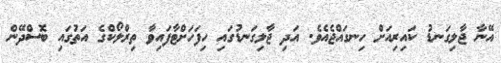
އޭނާ ޖާލިގަނޑު ކައިރިއަށް ހިނގައްޖެއެވެ. އަދި ޖާލިގަނޑުގައި ހިފަހަށްޓާފައިވާ ތިރްލޯކްގެ އަތުގައި ބޮސްދޭން